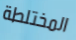
المختلطة